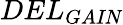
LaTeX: DEL_{\textit{GAIN}}